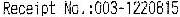
RECEIPT NO.:003-1220815